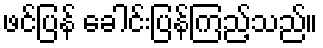
ဖင်ပြန် ခေါင်းပြန်ကြည့်သည်။